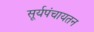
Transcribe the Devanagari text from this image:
सूर्यपंचायतन